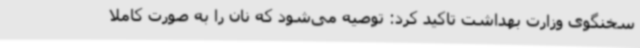
سخنگوی وزارت بهداشت تاکید کرد: توصیه می‌شود که نان را به صورت کاملا